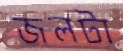
জলটা